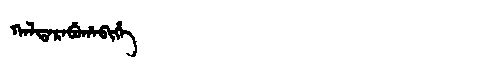
Manchu: ᡴᠠᠯᡨᠠᡵᠠᠪᡠᡥᠠᠪᡳᡥᡝ
Romanization: KALTARABUHABIHE